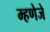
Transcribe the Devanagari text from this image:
म्हणेजे